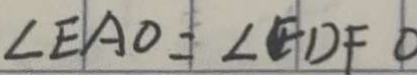
\angle E A O = \angle F D F 0